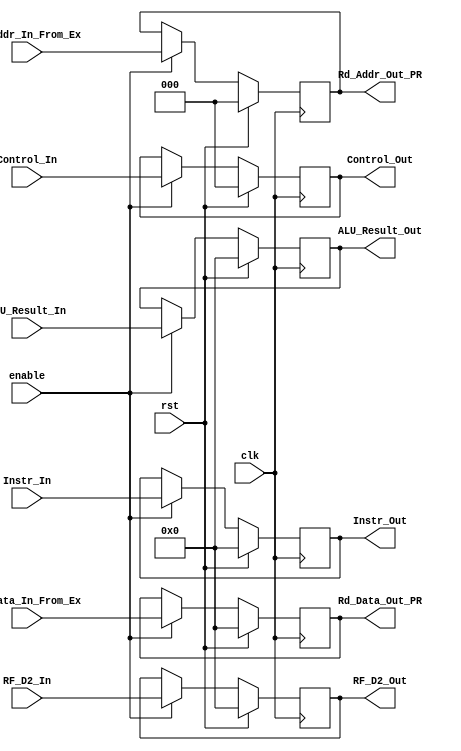
//Control_In format {RR_A3_Address_sel, RR_Wr_En, EXE_ALU_Src2, EXE_ALU_Oper, Reg_D3_Sel, MEM_Wr_En} total 10 bits
module EX2MEM_Pipline_Reg (clk, rst, enable, Control_In, Rd_Addr_In_From_Ex, Rd_Data_In_From_Ex, RF_D2_In, ALU_Result_In, Instr_In, 
							Control_Out, Rd_Addr_Out_PR, Rd_Data_Out_PR, RF_D2_Out, ALU_Result_Out, Instr_Out);
 
	input clk, rst, enable;
	input [15:0] RF_D2_In, Instr_In, ALU_Result_In, Rd_Data_In_From_Ex;
	input [2:0] Control_In;
	input [2:0] Rd_Addr_In_From_Ex ;
	output reg [15:0] RF_D2_Out, Instr_Out, ALU_Result_Out, Rd_Data_Out_PR;
	output reg [2:0] Control_Out;
	output reg [2:0] Rd_Addr_Out_PR;

	always @ (posedge clk) begin
		if (rst) begin
			//PC_Out <= 0;
			Control_Out <= 0;
			Instr_Out <= 0;
			ALU_Result_Out <= 0;
			//CZ_Out <= 0;
			RF_D2_Out <= 0;
			Rd_Addr_Out_PR <= 0; 
			Rd_Data_Out_PR <= 0; 
		end
		else begin
			if (enable) begin
				//PC_Out <= PC_In;
				Control_Out <= Control_In;
				Instr_Out <= Instr_In;
				ALU_Result_Out <= ALU_Result_In;
				//CZ_Out <= CZ_In;
				RF_D2_Out <= RF_D2_In;
				Rd_Addr_Out_PR <= Rd_Addr_In_From_Ex; 
			    Rd_Data_Out_PR <= Rd_Data_In_From_Ex; 
			end
		end
	end
endmodule // EX2MEM_Pipline_Reg